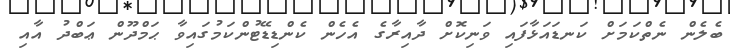
ބެލެން ނެތްކަމަށް ކަނޑައަޅާފައި ވަނިކޮށް ދާއިރާގެ އެހެން ކެންޑިޑޭޓުންކަމުގައިވާ ޙަމްދޫން ޢަބްދު އާއި